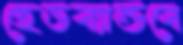
হেডব্যান্ডবে